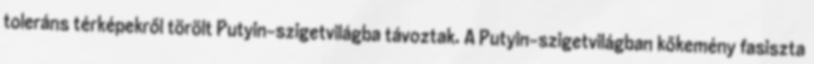
toleráns térképekről törölt Putyin-szigetvilágba távoztak. A Putyin-szigetvilágban kőkemény fasiszta